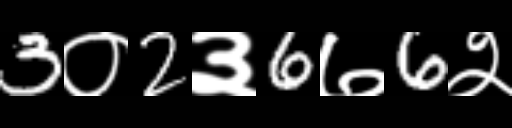
Text: 3०2३6७6२